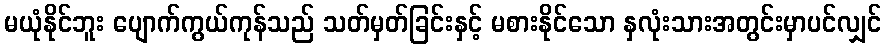
မယုံနိုင်ဘူး ပျောက်ကွယ်ကုန်သည် သတ်မှတ်ခြင်းနှင့် မစားနိုင်သော နှလုံးသားအတွင်းမှာပင်လျှင်